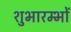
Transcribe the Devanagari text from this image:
शुभारम्भों